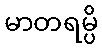
မာတရမ္ပိ